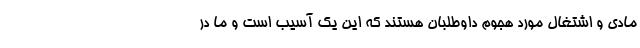
مادی و اشتغال مورد هجوم داوطلبان هستند که این یک آسیب است و ما در